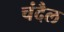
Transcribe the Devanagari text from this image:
चंदैल